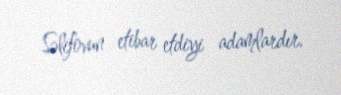
Səlifovun etibar etdiyi adamlardır.